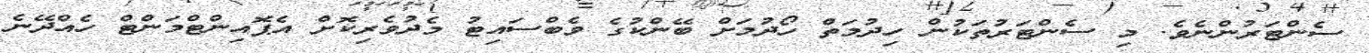
ސެންޓަރުންނެވެ. މި ސެންޓަރުތަކުން ހިދުމަތް ހޯދުމަށް ބޭންކުގެ ވެބްސައިޓު މެދުވެރިކޮށް އެޕޮއިންޓްމަންޓް ހެއްދޭނެ